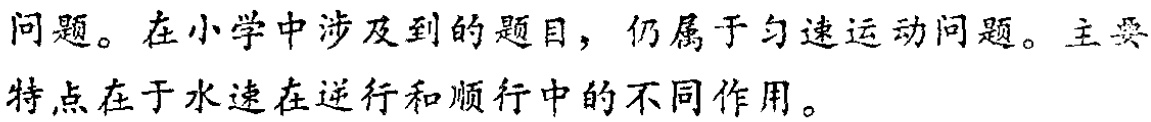
问题。在小学中涉及到的题目，仍属于匀速运动问题。主要特点在于水速在逆行和顺行中的不同作用。